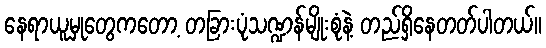
နေရာယူမှုတွေကတော့ တခြားပုံသဏ္ဍန်မျိုးစုံနဲ့ တည်ရှိနေတတ်ပါတယ်။